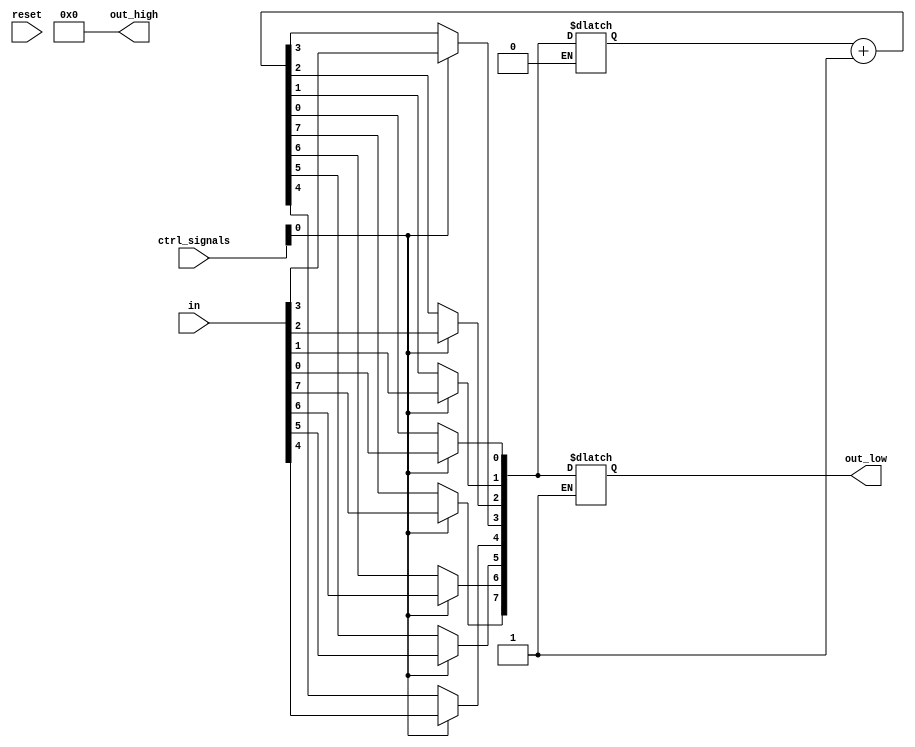
module program_addresser
	(
		ctrl_signals,
		reset,
		in,
		out_low,
		out_high
	);
	
	// Inout.
	input reset;
	
	input [4:0] ctrl_signals;
	input [7:0] in;
	
	output [7:0] out_low;
	output [7:0] out_high;
	
	// Inout types.
	reg [7:0] out_low;
	reg [7:0] out_high;
	
	// Regs and wires.
	reg prev_pcl_state;
	reg prev_pch_state;
	
	reg [7:0] mid_low;
	reg [7:0] mid_high;
	
	reg  [15:0] incr_input;
	wire [15:0] incr_result;
	
	// Initial.
	initial
		begin
			out_low  = 8'b00000000;
			out_high = 8'b00000000;
			
			prev_pcl_state = 1'b0;
			prev_pch_state = 1'b0;
			
			mid_low  = 8'b00000000;
			mid_high = 8'b00000000;
			
			incr_input = 16'b0000000000000000;
		end
	
	// Assigns.
	assign incr_result = incr_input + 1;
	
	// Always.
	always @ (ctrl_signals)
		begin
			// Selection (SelDataPC).
			if (ctrl_signals[0] == 1'b0)
				begin
					mid_low[0] = incr_result[0];
					mid_low[1] = incr_result[1];
					mid_low[2] = incr_result[2];
					mid_low[3] = incr_result[3];
				
					mid_low[4] = incr_result[4];
					mid_low[5] = incr_result[5];
					mid_low[6] = incr_result[6];
					mid_low[7] = incr_result[7];
					
					mid_high[0] = incr_result[8];
					mid_high[1] = incr_result[9];
					mid_high[2] = incr_result[10];
					mid_high[3] = incr_result[11];
				
					mid_high[4] = incr_result[12];
					mid_high[5] = incr_result[13];
					mid_high[6] = incr_result[14];
					mid_high[7] = incr_result[15];
				end
			else
				begin
					mid_low[0] = in[0];
					mid_low[1] = in[1];
					mid_low[2] = in[2];
					mid_low[3] = in[3];
				
					mid_low[4] = in[4];
					mid_low[5] = in[5];
					mid_low[6] = in[6];
					mid_low[7] = in[7];
					
					mid_high[0] = in[0];
					mid_high[1] = in[1];
					mid_high[2] = in[2];
					mid_high[3] = in[3];
				
					mid_high[4] = in[4];
					mid_high[5] = in[5];
					mid_high[6] = in[6];
					mid_high[7] = in[7];
				end
			
			// Clock L (PCLcar).
			if (ctrl_signals[2] == 1'b1 & prev_pcl_state == 1'b0)
				begin
					out_low = mid_low;
					
					incr_input[0] = out_low[0];
					incr_input[1] = out_low[1];
					incr_input[2] = out_low[2];
					incr_input[3] = out_low[3];
					
					incr_input[4] = out_low[4];
					incr_input[5] = out_low[5];
					incr_input[6] = out_low[6];
					incr_input[7] = out_low[7];
				end
			
			prev_pcl_state = ctrl_signals[2];
			
			// Clock H (PCHcar).
			if (ctrl_signals[1] == 1'b1 & prev_pch_state == 1'b0)
				begin
					out_low = mid_low;
					
					incr_input[8] = out_high[0];
					incr_input[9] = out_high[1];
					incr_input[10] = out_high[2];
					incr_input[11] = out_high[3];
					
					incr_input[12] = out_high[4];
					incr_input[13] = out_high[5];
					incr_input[14] = out_high[6];
					incr_input[15] = out_high[7];
				end
			
			prev_pch_state = ctrl_signals[1];
		end
	
endmodule